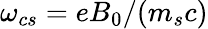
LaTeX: \omega_{cs}=eB_{0}/(m_{s}c)